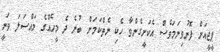
ޕީޖީއަށް ފޮނުވިނަމަވެސް އެކަށީގެންވާ ހެކި ނެތްކަމަށް ބުނެ ދެ މީހެއްގެ މައްސަލަ ވަނީ